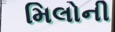
મિલોની